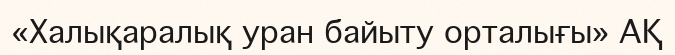
«Халықаралық уран байыту орталығы» АҚ